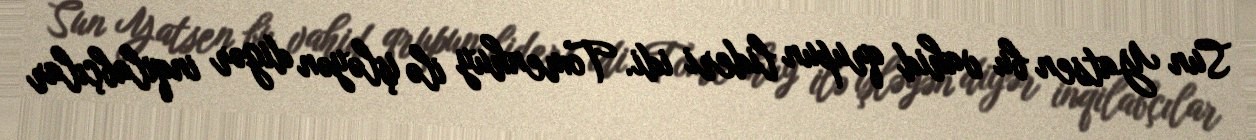
Sun Yatsen bu vahid qrupun lideri idi. Tomenhuy ilə işləyən digər inqilabçılar